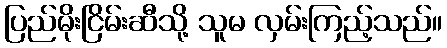
ပြည်မိုးငြိမ်းဆီသို့ သူမ လှမ်းကြည့်သည်။